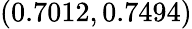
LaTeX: (0.7012,0.7494)